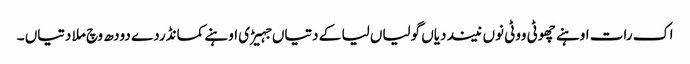
اک رات اوہنے چھوٹی ووٹی نوں نیند دیاں گولیاں لیا کے دتیاں جہیڑی اوہنے کمانڈردے دودھ وچ ملا دتیاں ۔